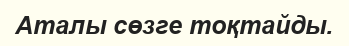
Аталы сөзге тоқтайды.